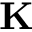
{ \bf K }